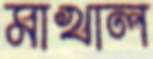
মাখাল